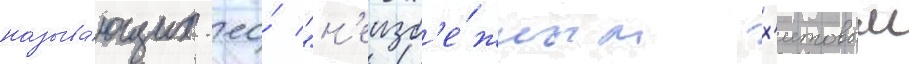
называ́ющих ео́ "н'еизб'е́жным х'итовым